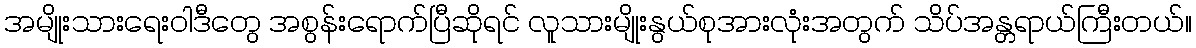
အမျိုးသားရေးဝါဒီတွေ အစွန်းရောက်ပြီဆိုရင် လူသားမျိုးနွယ်စုအားလုံးအတွက် သိပ်အန္တရာယ်ကြီးတယ်။